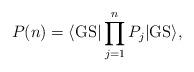
LaTeX: \begin{align*}P(n) = \langle {\rm GS} | \prod^n_{j=1} P_j | {\rm GS} \rangle,\end{align*}